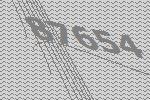
87654